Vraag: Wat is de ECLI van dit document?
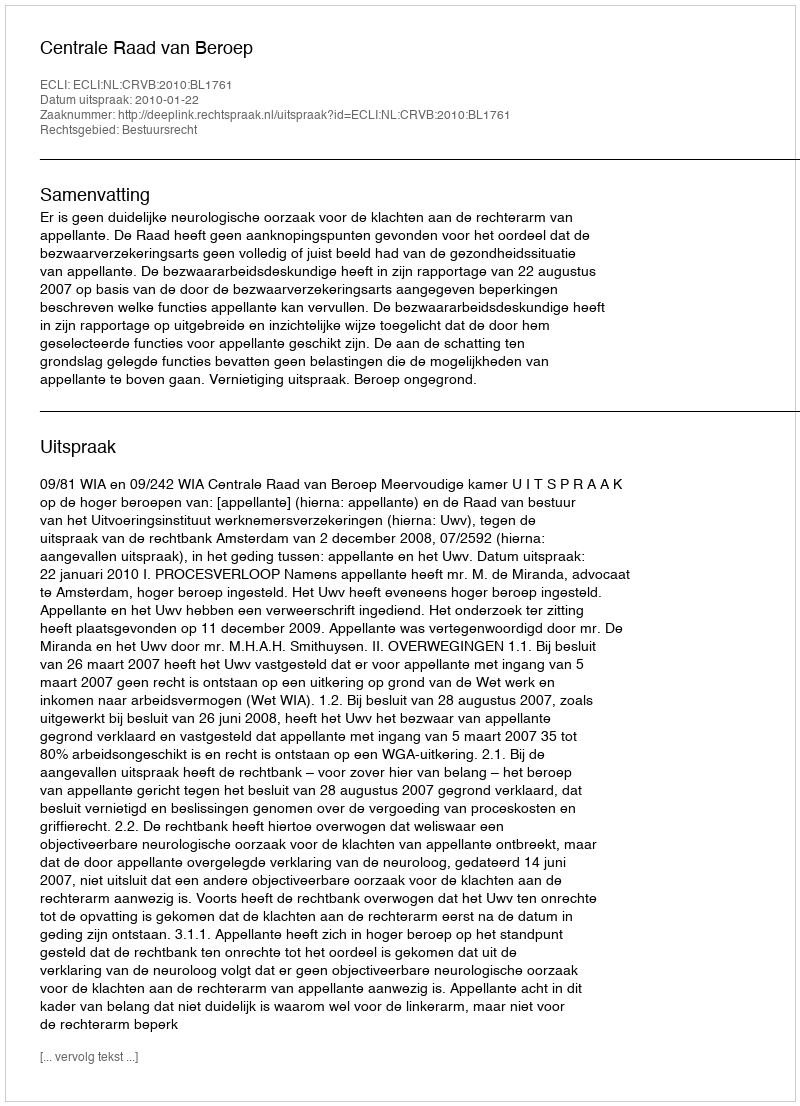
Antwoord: ECLI:NL:CRVB:2010:BL1761